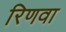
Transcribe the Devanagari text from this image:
रिणवा